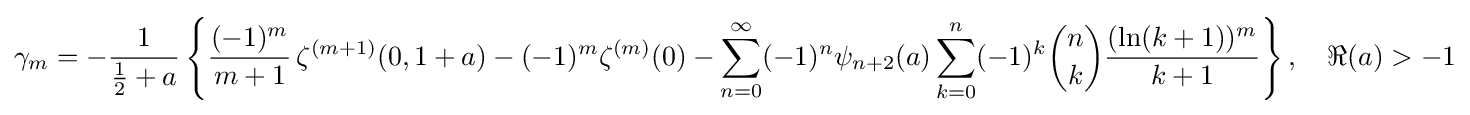
\gamma _{m}=-{\frac {1}{{\tfrac {1}{2}}+a}}\left\{{\frac {(-1)^{m}}{m+1}}\,\zeta ^{(m+1)}(0,1+a)-(-1)^{m}\zeta ^{(m)}(0)-\sum _{n=0}^{\infty }(-1)^{n}\psi _{n+2}(a)\sum _{k=0}^{n}(-1)^{k}{\binom {n}{k}}{\frac {(\ln(k+1))^{m}}{k+1}}\right\},\quad \Re (a)>-1